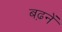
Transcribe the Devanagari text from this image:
बढ़नें